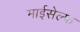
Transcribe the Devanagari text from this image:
माईसेल्फ